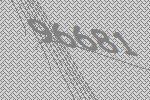
96681